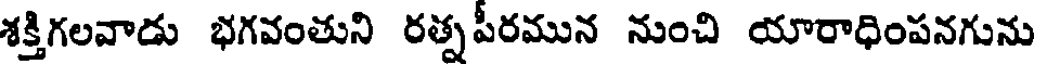
శక్తిగలవాడు భగవంతుని రత్నపీరమున నుంచి యారాధింపనగును